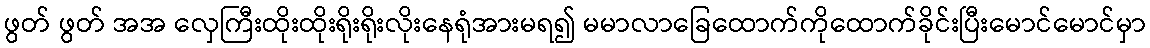
ဖွတ် ဖွတ် အအ လှေကြီးထိုးထိုးရိုးရိုးလိုးနေရုံအားမရ၍ မမာလာခြေထောက်ကိုထောက်ခိုင်းပြီးမောင်မောင်မှာ